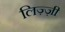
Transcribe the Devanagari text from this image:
लिज़्ज़ी